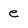
Character: e